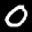
Label: 0